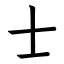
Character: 士